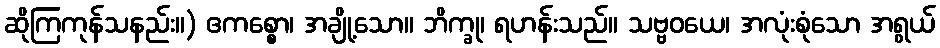
ဆိုကြကုန်သနည်း။) ဧကစ္စော၊ အချို့သော။ ဘိက္ခု၊ ရဟန်းသည်။ သဗ္ဗဝယေ၊ အလုံးစုံသော အရွယ်